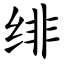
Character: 绯